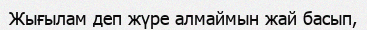
Жығылам деп жүре алмаймын жай басып,